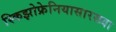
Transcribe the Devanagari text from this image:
स्किझोफ्रेनियासारख्या